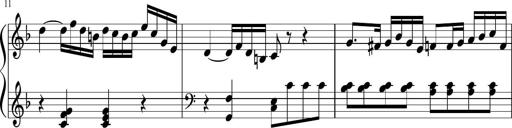
Title: Sonatina for Piano, WoO 50
Composer: Ludwig van Beethoven
Key: F major